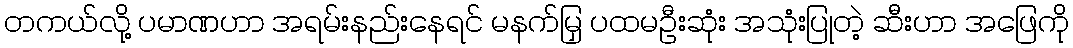
တကယ်လို့ ပမာဏဟာ အရမ်းနည်းနေရင် မနက်မြှ ပထမဦးဆုံး အသုံးပြုတဲ့ ဆီးဟာ အဖြေကို